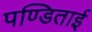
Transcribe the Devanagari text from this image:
पण्डिताई